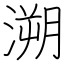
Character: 溯